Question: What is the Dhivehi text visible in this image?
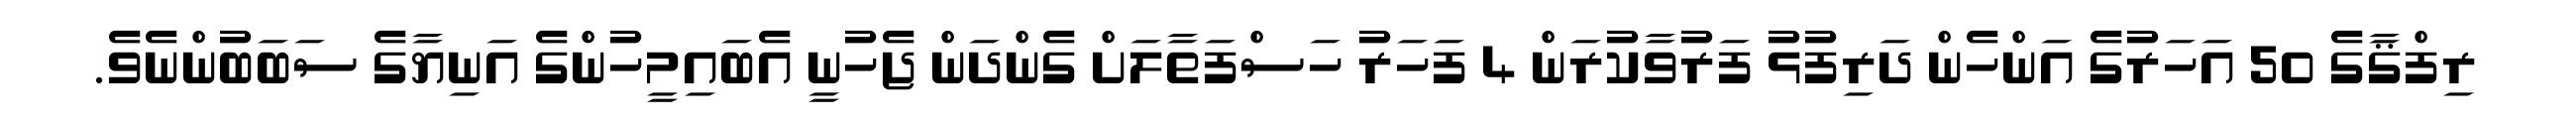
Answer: ރިފްޤާގެ 50 އަހަރުގެ އަންހެން ދަރިފުޅު ފަރުވާކުރަން 4 ފަހަރު ހަސްފަތާލަށް ގެންދަން ޖެހުނީ އެބައިމީހުންގެ އަނިޔާގެ ސަބަބުންނެވެ.